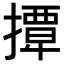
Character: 𢶁